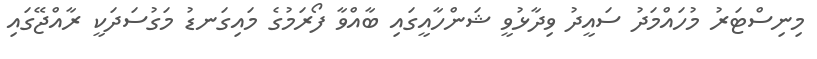
މިނިސްޓަރު މުހައްމަދު ސައީދު ވިދާޅުވީ ޝަންހާއީގައި ބާއްވާ ފޯރަމުގެ މައިގަނޑު މަގުސަދަކީ ރާއްޖޭގައި